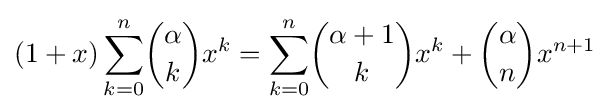
(1+x)\sum _{k=0}^{n}\!{\alpha  \choose k}x^{k}=\sum _{k=0}^{n}\!{\alpha +1 \choose k}x^{k}+{\alpha  \choose n}x^{n+1}